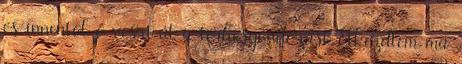
és innentöl ő veszi át a terhesgondozást Elkezdtem ma